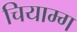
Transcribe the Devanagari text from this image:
चियाम्ग